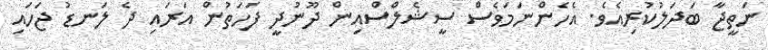
ނަތީޖާ ބަދަލުކުރިއެވެ. އެހެންނަމަވެސް ސީޝެލްސްއިން ދޫނުދީ ފަހަތުން އަރައި ދެ ލަނޑު ޖަހައި